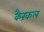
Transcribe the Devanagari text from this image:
कैरंकल